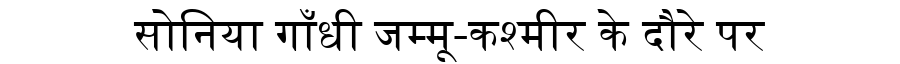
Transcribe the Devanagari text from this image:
सोनिया गाँधी जम्मू-कश्मीर के दौरे पर